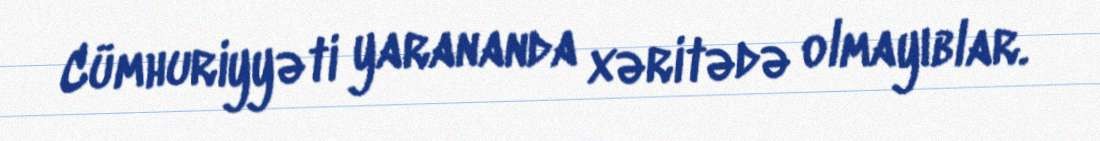
Cümhuriyyəti yarananda xəritədə olmayıblar.